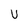
Character: U